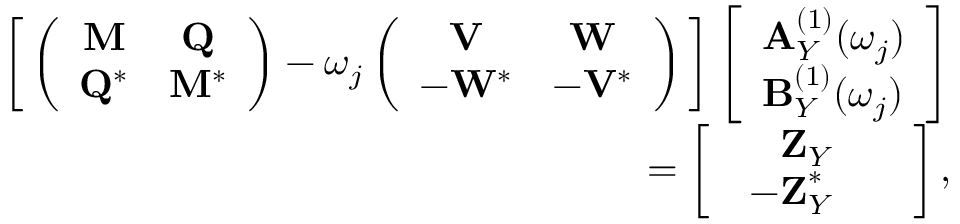
\begin{array} { r } { \bigg [ \left( \begin{array} { c c } { \mathbf { M } } & { \mathbf { Q } } \\ { \mathbf { Q } ^ { * } } & { \mathbf { M } ^ { * } } \end{array} \right) - \omega _ { j } \left( \begin{array} { c c } { \mathbf { V } } & { \mathbf { W } } \\ { - \mathbf { W } ^ { * } } & { - \mathbf { V } ^ { * } } \end{array} \right) \bigg ] \left[ \begin{array} { l } { \mathbf { A } _ { Y } ^ { ( 1 ) } ( \omega _ { j } ) } \\ { \mathbf { B } _ { Y } ^ { ( 1 ) } ( \omega _ { j } ) } \end{array} \right] } \\ { = \left[ \begin{array} { l } { \begin{array} { r l } { \mathbf { Z } _ { Y } } & { { } } \\ { \mathbf { - Z } _ { Y } ^ { * } } & { { } } \end{array} } \end{array} \right] , } \end{array}